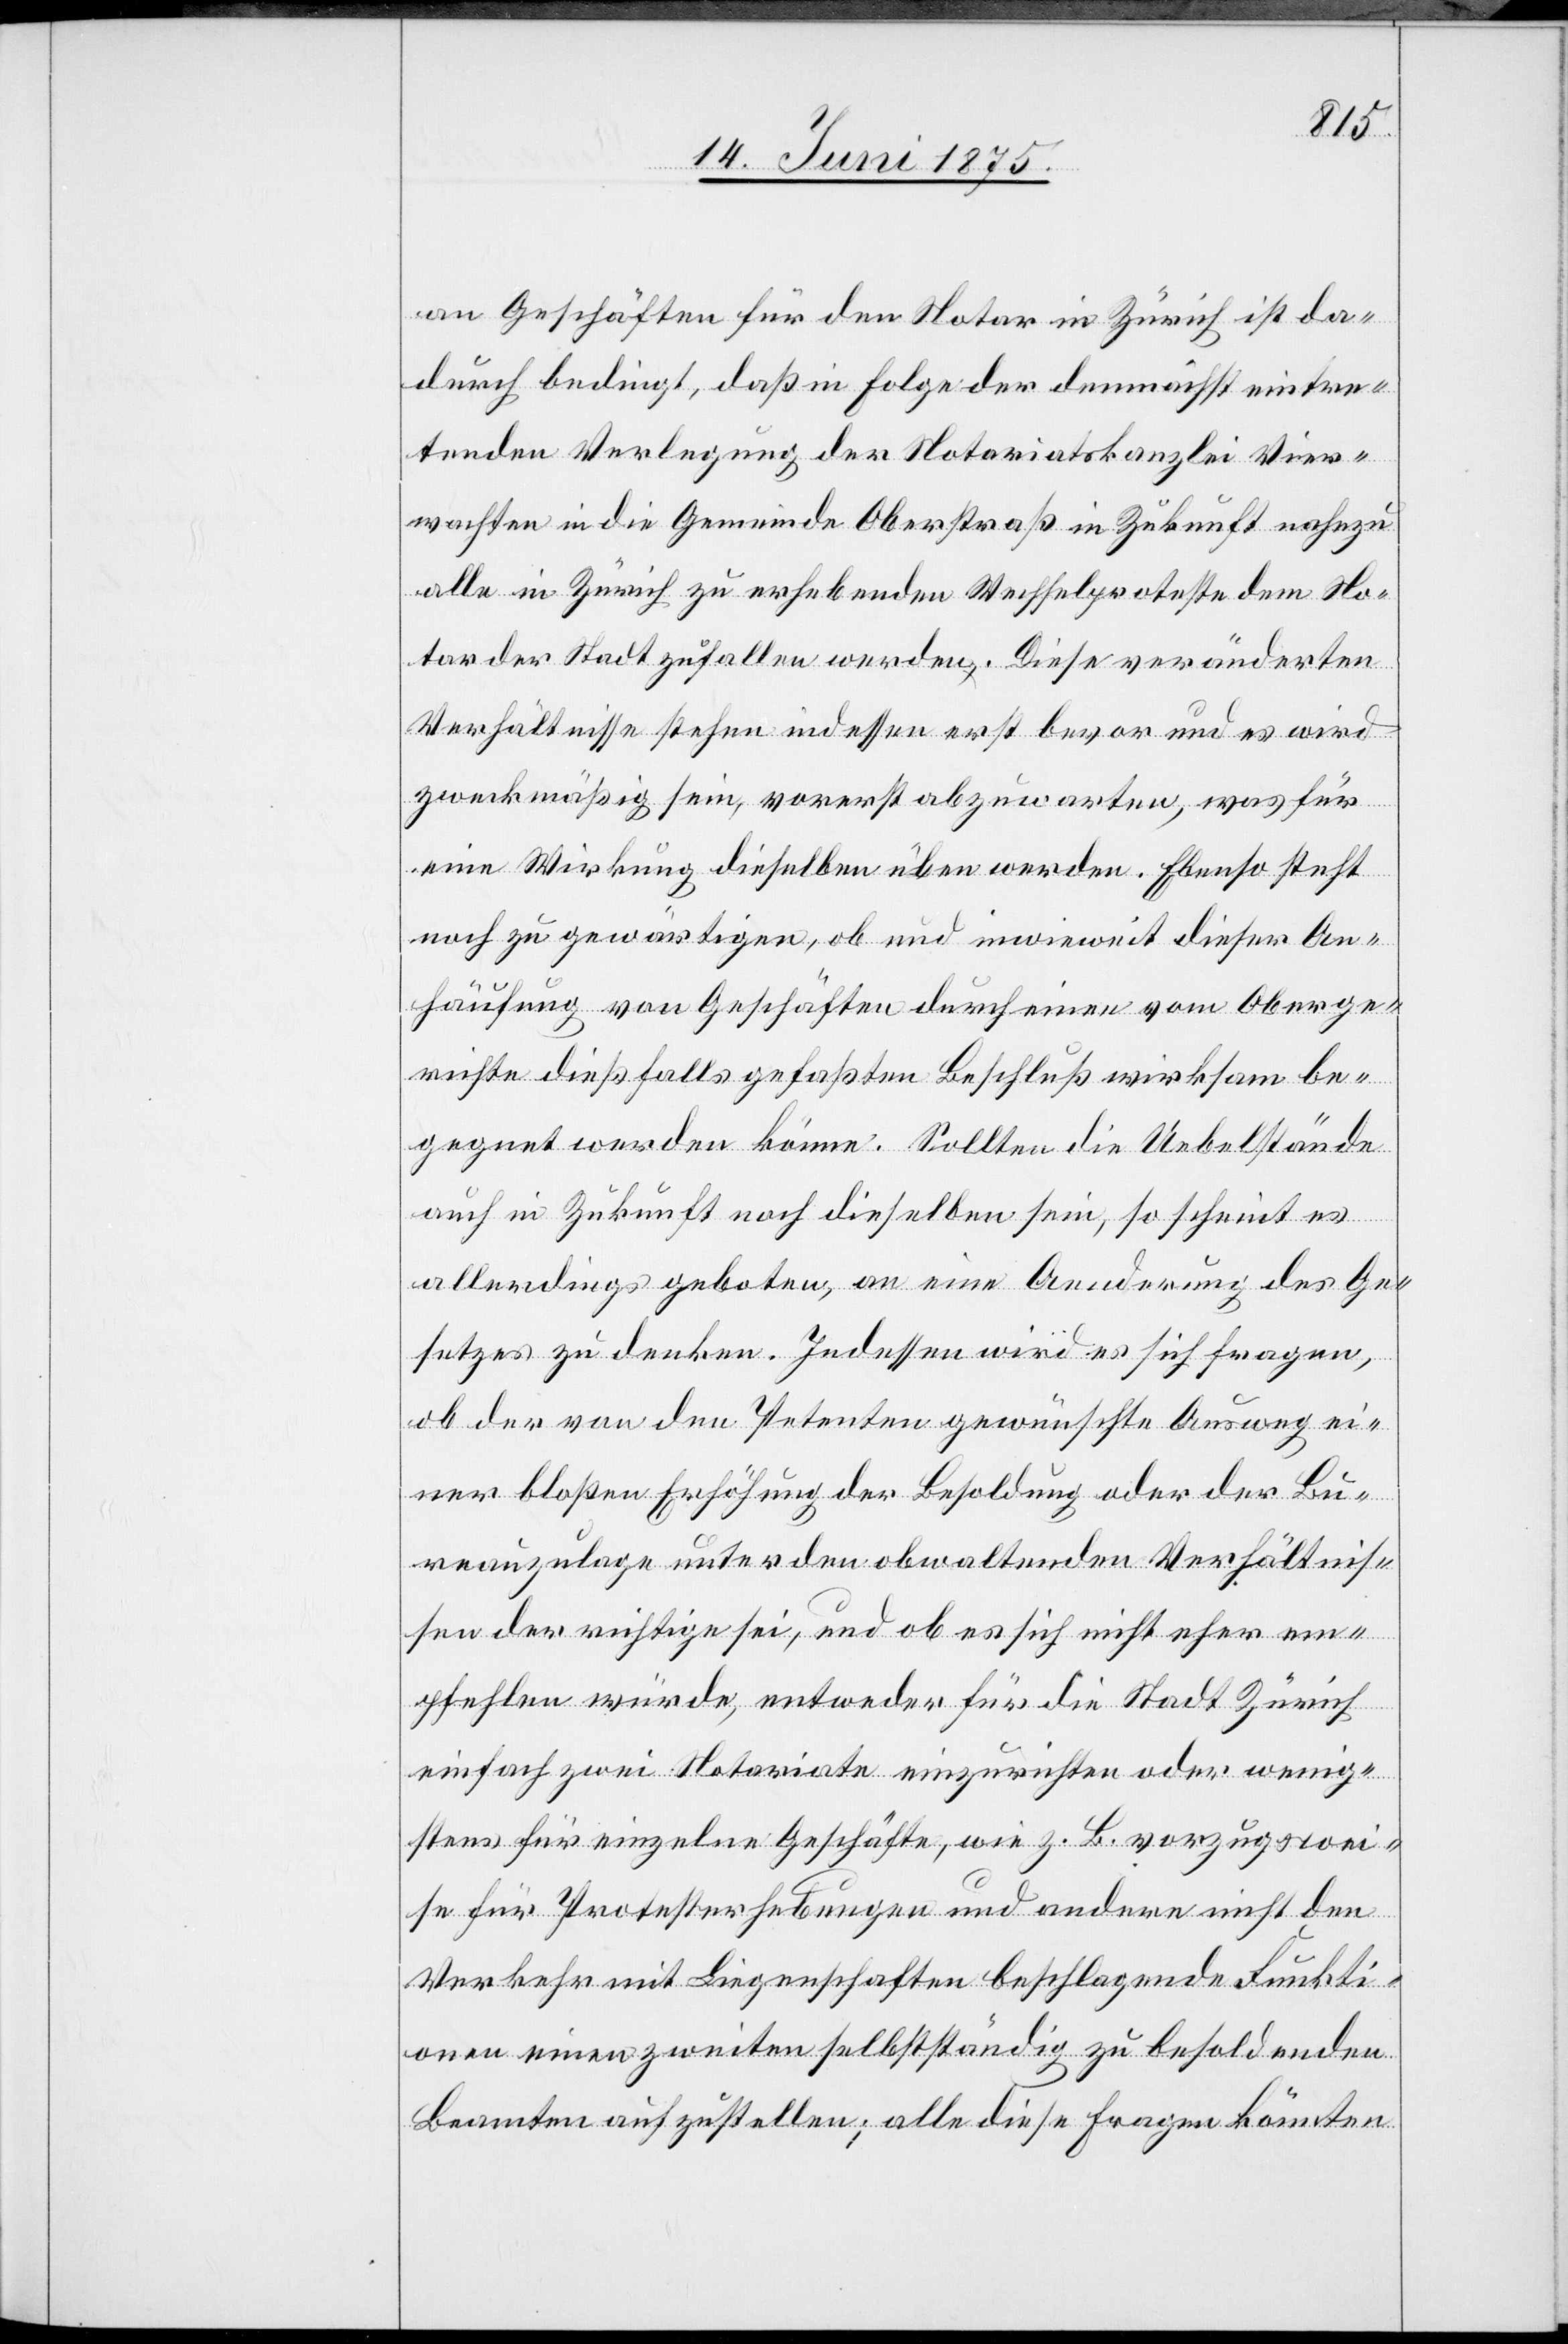
an Geschäften für den Notar in Zürich ist da¬
durch bedingt, daß in Folge der demnächst eintre¬
tenden Verlagerung der Notariatskanzlei Vier¬
wachten in die Gemeinde Oberstraß in Zukunft nahezu
alle in Zürich zu erhebenden Wechselproteste dem No¬
tar der Stadt zufallen werden. Diese veränderten
Verhältnisse stehen indessen erst bevor und es wird
zweckmäßig sein, vorerst abzuwarten, was für
eine Wirkung dieselben üben werden. Ebenso steht
noch zu gewärtigen, ob und inwieweit dieser An¬
häufung von Geschäften durch einen vom Oberge¬
richte dießfalls gefaßten Beschluß wirksam be¬
gegnet werden könne. Sollten die Uebelstände
auch in Zukunft noch dieselben sein, so scheint es
allerdings geboten, an eine Aenderung des Ge¬
setzes zu denken. Indessen wird es sich fragen,
ob der von den Petenten gewünschte Ausweg ei¬
ner bloßen Erhöhung der Besoldung oder der Bu¬
reauzulage unter den obwaltenden Verhältnis¬
sen der richtige sei, und ob es sich nicht eher em¬
pfehlen würde, entweder für die Stadt Zürich
einfach zwei Notariate einzurichten oder wenig¬
stens für einzelne Geschäfte, wie z. B. vorzugswei¬
se für Protesterhebungen und andere nicht den
Verkehr mit Liegenschaften beschlagende Funkti¬
onen einen zweiten selbstständig zu besoldenden
Beamten aufzustellen; alle diese Fragen könnten